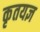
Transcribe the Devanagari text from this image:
कृतयज्ञ